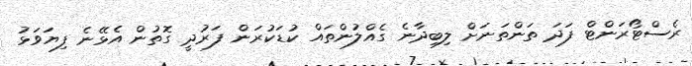
ރެސްޓޯރަންޓް ފަދަ ތަންތަނަށް ލިބިދާނެ ގެއްލުންތައް ކުޑަކުރަން ފަރުދީ ގޮތުން އެޅޭނެ ފިޔަވަޅު